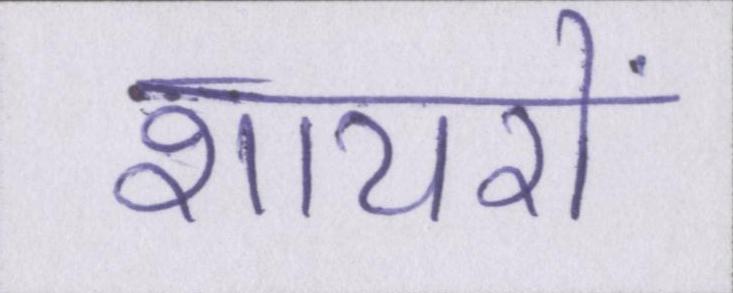
शायरों